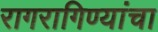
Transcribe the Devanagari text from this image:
रागरागिण्यांचा